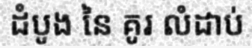
ដំបូង នៃ គូរ លំដាប់